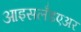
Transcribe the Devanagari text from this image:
आइसलँडएअर